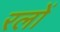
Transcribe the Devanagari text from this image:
रलों